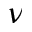
\nu